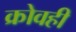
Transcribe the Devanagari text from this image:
क्रोवही